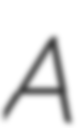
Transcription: A